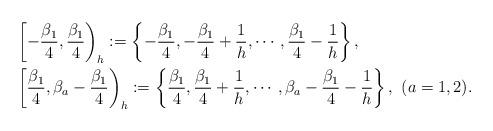
LaTeX: \begin{align*}&\left[-\frac{\beta_1}{4},\frac{\beta_1}{4}\right)_h:=\left\{-\frac{\beta_1}{4},-\frac{\beta_1}{4}+\frac{1}{h},\cdots,\frac{\beta_1}{4}-\frac{1}{h}\right\},\\&\left[\frac{\beta_1}{4},\beta_a-\frac{\beta_1}{4}\right)_h:=\left\{\frac{\beta_1}{4},\frac{\beta_1}{4}+\frac{1}{h},\cdots,\beta_a-\frac{\beta_1}{4}-\frac{1}{h}\right\},\ (a=1,2).\end{align*}